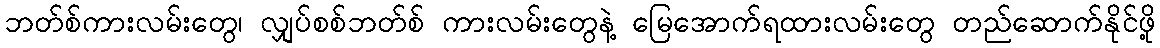
ဘတ်စ်ကားလမ်းတွေ၊ လျှပ်စစ်ဘတ်စ် ကားလမ်းတွေနဲ့ မြေအောက်ရထားလမ်းတွေ တည်ဆောက်နိုင်ဖို့